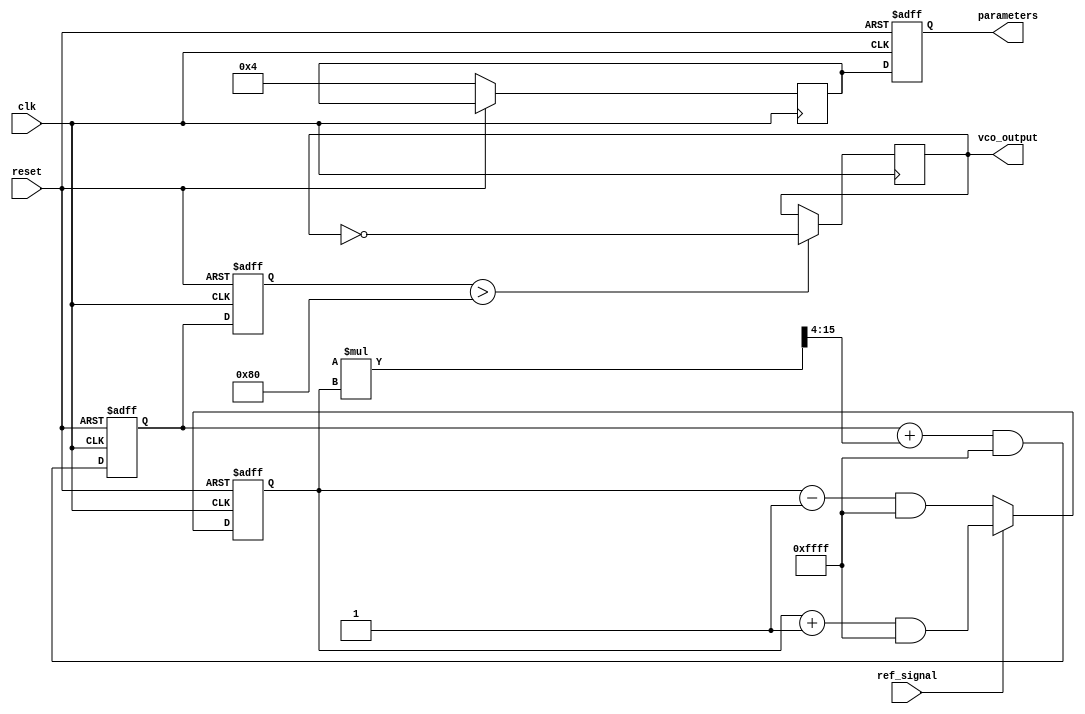
module dpll (
    input wire clk,                     // System clock
    input wire reset,                   // Reset signal
    input wire ref_signal,              // Reference signal
    output reg vco_output,              // VCO output signal
    output reg [15:0] parameters         // Memory block parameters
);

    // Internal signals
    reg [15:0] phase_error;             // Phase detector output
    reg [15:0] filtered_error;           // Loop filter output (control voltage)
    reg [15:0] vco_frequency;            // VCO frequency control
    reg [15:0] gain;                     // Loop gain
    reg [15:0] vco_calibration;          // VCO calibration data

    // Memory Block for storing parameters (simple RAM implementation)
    reg [15:0] memory [0:255];           // 256 x 16-bit memory block

    // Phase Detector: Calculates phase error
    always @(posedge clk or posedge reset) begin
        if (reset) begin
            phase_error <= 0;
        end else begin
            // Simple phase detection logic
            // Assuming ref_signal is synchronous with clk for this simplified version
            if (ref_signal) begin
                phase_error <= (phase_error + 1) & 16'hFFFF; // Increment phase error for simplicity
            end else begin
                phase_error <= (phase_error - 1) & 16'hFFFF; // Decrement phase error for simplicity
            end
        end
    end

    // Loop Filter: Simple integrator for smoothing error signal
    always @(posedge clk or posedge reset) begin
        if (reset) begin
            filtered_error <= 0;
        end else begin
            // Simple low-pass filter (integrator with gain)
            filtered_error <= (filtered_error + (gain * phase_error >> 4)) & 16'hFFFF;
        end
    end

    // Voltage-Controlled Oscillator: adjusts frequency based on control voltage
    always @(posedge clk or posedge reset) begin
        if (reset) begin
            vco_frequency <= 16'd100; // Initial VCO frequency
        end else begin
            // Update VCO frequency based on filtered error
            vco_frequency <= filtered_error;
        end
    end

    // Generate VCO output (simple frequency modulation)
    always @(posedge clk) begin
        // For simplicity, just toggle output based on VCO frequency
        if (vco_frequency > 16'd128) begin
            vco_output <= ~vco_output; // Toggle VCO output
        end
    end

    // Memory block logic for storing parameters
    always @(posedge clk or posedge reset) begin
        if (reset) begin
            parameters <= 16'h0000; // Clear parameters on reset
        end else begin
            // Example to load gain and calibration values into memory
            memory[0] <= 16'h0004; // Gain
            memory[1] <= 16'h00A0; // VCO calibration value
            parameters <= memory[0]; // Output current gain value
        end
    end

endmodule